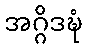
အဂ္ဂိဒဍ္ဎံ